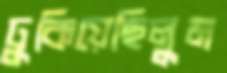
ঢুকিয়েছিলুম